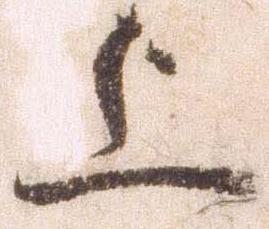
上